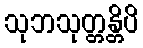
သုဘသုတ္တန္တိပိ